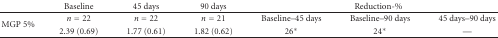
|  | Baseline | 45 days | 90 days | <COLSPAN=3> Reduction-% |
 | --- | --- | --- | --- | --- | --- | --- |
 | <ROWSPAN=2> MGP 5% | n = 22 | n = 22 | n = 21 | Baseline–45 days | Baseline–90 days | 45 days–90 days |
 | 2.39 (0.69) | 1.77 (0.61) | 1.82 (0.62) | 26* | 24* | — |